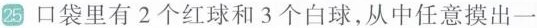
25口袋里有2个红球和3个白球，从中任意摸出一